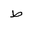
Letter: _da